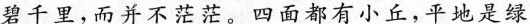
碧千里，而并不茫茫。四面都有小丘，平地是绿